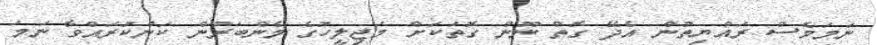
ނަމަވެސް ރައްޔިތުން އެދޭ ގޮތް ނޫން ގޮތަކަށް މަޖިލީހުގެ މެންބަރުން ކަންކުރައްވާ ނަމަ